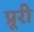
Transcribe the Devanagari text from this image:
प्रूरी